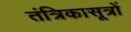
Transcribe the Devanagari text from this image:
तंत्रिकासूत्रों